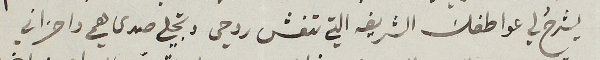
يشرحُ لي عواطفك الشريفه التي تنعش روحي وتجلي صدى همي واحزاني